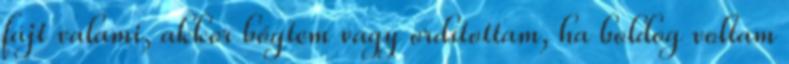
fájt valami, akkor bőgtem vagy ordítottam, ha boldog voltam